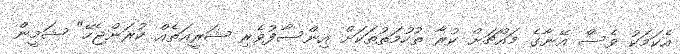
އެކަމަކު ވެސް އޭނާގެ މައްޗަށް ކުރާ ތުހުމަތުތަކަށް އިންސާފުވެރި ޝަރީއަތެއް ކުރަންޖެހޭ" ޝަމީން